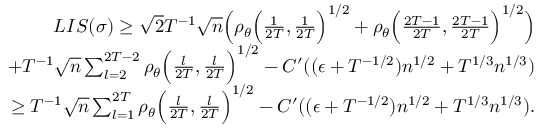
\begin{array} { r l r } & { } & { L I S ( \sigma ) \geq \sqrt { 2 } T ^ { - 1 } \sqrt { n } \Big ( \rho _ { \theta } \Big ( \frac { 1 } { 2 T } , \frac { 1 } { 2 T } \Big ) ^ { 1 \slash 2 } + \rho _ { \theta } \Big ( \frac { 2 T - 1 } { 2 T } , \frac { 2 T - 1 } { 2 T } \Big ) ^ { 1 \slash 2 } \Big ) } \\ & { } & { \quad \quad + T ^ { - 1 } \sqrt { n } \sum _ { l = 2 } ^ { 2 T - 2 } \rho _ { \theta } \Big ( \frac { l } { 2 T } , \frac { l } { 2 T } \Big ) ^ { 1 \slash 2 } - C ^ { \prime } ( ( \epsilon + T ^ { - 1 \slash 2 } ) n ^ { 1 \slash 2 } + T ^ { 1 \slash 3 } n ^ { 1 \slash 3 } ) } \\ & { } & { \geq T ^ { - 1 } \sqrt { n } \sum _ { l = 1 } ^ { 2 T } \rho _ { \theta } \Big ( \frac { l } { 2 T } , \frac { l } { 2 T } \Big ) ^ { 1 \slash 2 } - C ^ { \prime } ( ( \epsilon + T ^ { - 1 \slash 2 } ) n ^ { 1 \slash 2 } + T ^ { 1 \slash 3 } n ^ { 1 \slash 3 } ) . } \end{array}